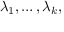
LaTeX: \lambda _ { 1 } , \dots , \lambda _ { k } ,